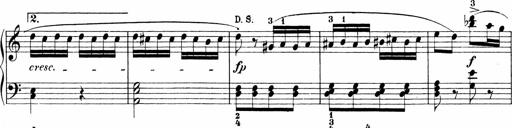
Title: Sonatinen Op.47, 98 und 136, nebst 6 Liedersonatinen
Composer: Carl Reinecke